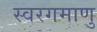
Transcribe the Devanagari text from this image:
स्वरगमाणु